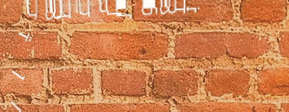
بيع وشراء قطع غيار الدراج